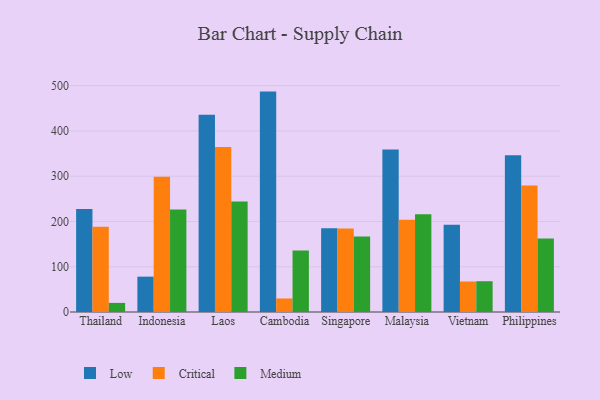
{"axis": {"x": "Country", "y": "LTV (USD)"}, "legend": ["Critical", "Low", "Medium"], "data": [{"x": "Thailand", "y": 227.6, "type": "Low"}, {"x": "Thailand", "y": 188.3, "type": "Critical"}, {"x": "Thailand", "y": 20.1, "type": "Medium"}, {"x": "Indonesia", "y": 78.1, "type": "Low"}, {"x": "Indonesia", "y": 298.7, "type": "Critical"}, {"x": "Indonesia", "y": 226.6, "type": "Medium"}, {"x": "Laos", "y": 435.8, "type": "Low"}, {"x": "Laos", "y": 364.8, "type": "Critical"}, {"x": "Laos", "y": 244.3, "type": "Medium"}, {"x": "Cambodia", "y": 487.0, "type": "Low"}, {"x": "Cambodia", "y": 29.9, "type": "Critical"}, {"x": "Cambodia", "y": 136.0, "type": "Medium"}, {"x": "Singapore", "y": 185.2, "type": "Low"}, {"x": "Singapore", "y": 184.3, "type": "Critical"}, {"x": "Singapore", "y": 166.8, "type": "Medium"}, {"x": "Malaysia", "y": 359.2, "type": "Low"}, {"x": "Malaysia", "y": 203.6, "type": "Critical"}, {"x": "Malaysia", "y": 216.2, "type": "Medium"}, {"x": "Vietnam", "y": 192.6, "type": "Low"}, {"x": "Vietnam", "y": 67.4, "type": "Critical"}, {"x": "Vietnam", "y": 68.0, "type": "Medium"}, {"x": "Philippines", "y": 346.3, "type": "Low"}, {"x": "Philippines", "y": 279.7, "type": "Critical"}, {"x": "Philippines", "y": 162.4, "type": "Medium"}]}